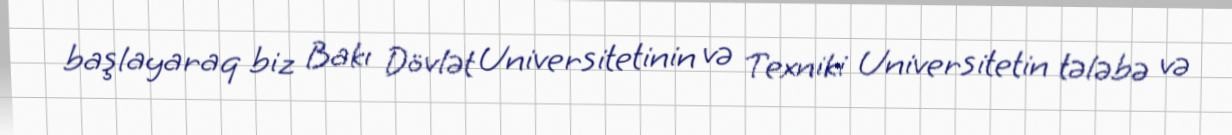
başlayaraq biz Bakı Dövlət Universitetinin və Texniki Universitetin tələbə və